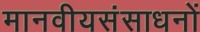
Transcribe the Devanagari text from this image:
मानवीयसंसाधनों